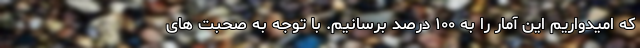
که امیدواریم این آمار را به ۱۰۰ درصد برسانیم. با توجه به صحبت های